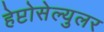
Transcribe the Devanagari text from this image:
हेप्टोसेल्युलर